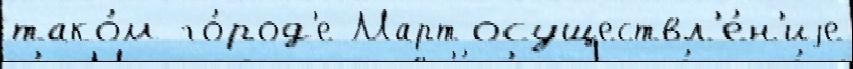
тако́м го́род'е Март осуществл'е́н'иjе